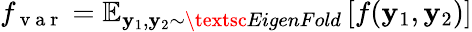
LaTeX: f_{\mathrm{~v~a~r~}}=\mathbb{E}_{\mathbf{y}_{1},\mathbf{y}_{2}\sim\textsc{EigenFold}}\left[f(\mathbf{y}_{1},\mathbf{y}_{2})\right]